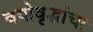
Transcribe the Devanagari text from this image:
वयोवृद्धांचा